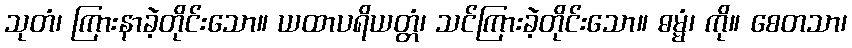
သုတံ၊ ကြားနာခဲ့တိုင်းသော။ ယထာပရိယတ္တံ၊ သင်ကြားခဲ့တိုင်းသော။ ဓမ္မံ၊ ကို။ စေတသာ၊